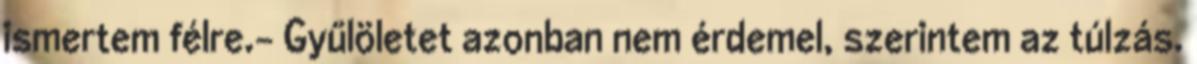
ismertem félre.- Gyűlöletet azonban nem érdemel, szerintem az túlzás.